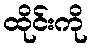
ထိုင်းကို